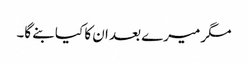
مگر میرے بعد ان کا کیا بنے گا۔